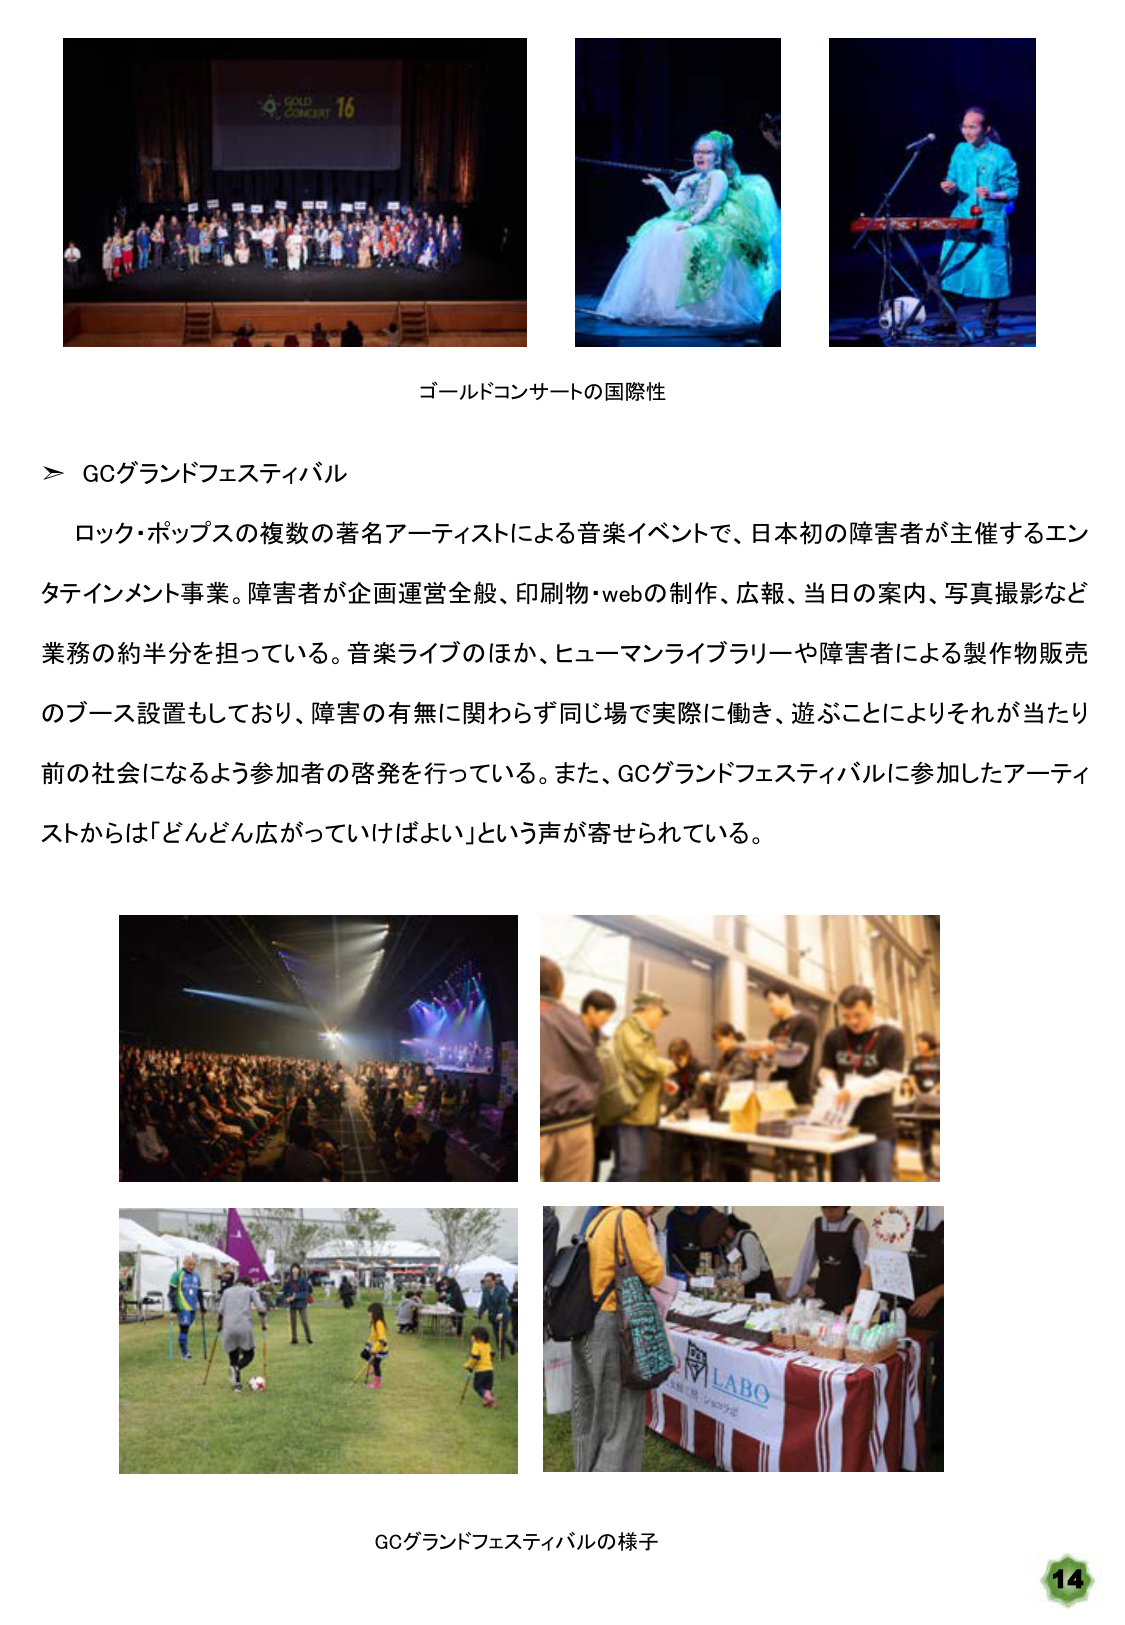
ゴールドコンサートの国際性

＞ GCグランドフェスティバル

ロック・ポップスの複数の著名アーティストによる音楽イベントで、日本初の障害者が主催するエンタテインメント事業。障害者が企画運営全般、印刷物・webの制作、広報、当日の案内、写真撮影など業務の約半分を担っている。音楽ライブのほか、ヒューマンライブラリーや障害者による製作物販売のブース設置もしており、障害の有無に関わらず同じ場で実際に働き、遊ぶことによりそれが当たり前社会になるよう参加者の啓発を行っている。また、GCグランドフェスティバルに参加したアーティストからは「どんどん広がっていけばよい」という声が寄せられている。

GCグランドフェスティバルの様子

14